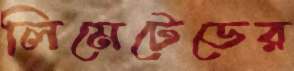
লিমেটেডের